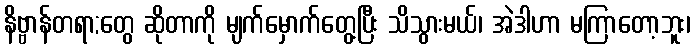
နိဗ္ဗာန်တရာ;တွေ ဆိုတာကို မျက်မှောက်တွေ့ပြီး သိသွားမယ်၊ အဲဒါဟာ မကြာတော့ဘူး၊